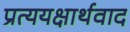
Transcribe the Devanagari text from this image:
प्रत्ययक्षार्थवाद